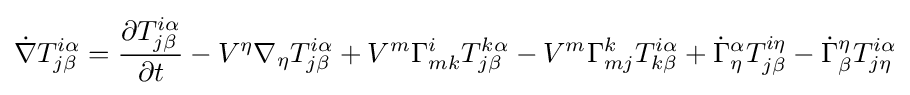
{\dot {\nabla }}T_{j\beta }^{i\alpha }={\frac {\partial T_{j\beta }^{i\alpha }}{\partial t}}-V^{\eta }\nabla _{\eta }T_{j\beta }^{i\alpha }+V^{m}\Gamma _{mk}^{i}T_{j\beta }^{k\alpha }-V^{m}\Gamma _{mj}^{k}T_{k\beta }^{i\alpha }+{\dot {\Gamma }}_{\eta }^{\alpha }T_{j\beta }^{i\eta }-{\dot {\Gamma }}_{\beta }^{\eta }T_{j\eta }^{i\alpha }